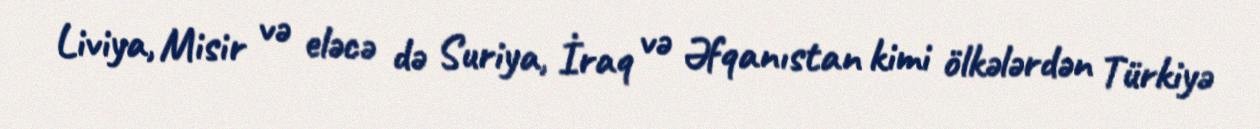
Liviya, Misir və eləcə də Suriya, İraq və Əfqanıstan kimi ölkələrdən Türkiyə